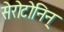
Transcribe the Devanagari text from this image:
सेरोटोनिन्